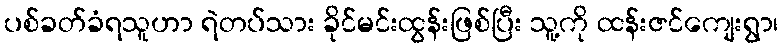
ပစ်ခတ်ခံရသူဟာ ရဲတပ်သား ခိုင်မင်းထွန်းဖြစ်ပြီး သူ့ကို ထန်းဇင်ကျေးရွာ၊